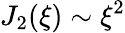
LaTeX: J_{2}(\xi)\sim\xi^{2}